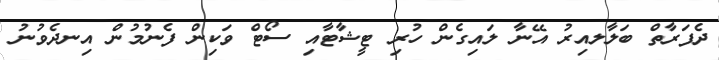
ދެފަރާތް ބަލާލއިރު އޭނާ ލައިގެން ހުރި ޓީޝާޓާއި ސޯޓް ވަކިން ފެނުމުން އިނދެވުނު